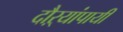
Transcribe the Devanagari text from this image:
दौऱ्यांपायी